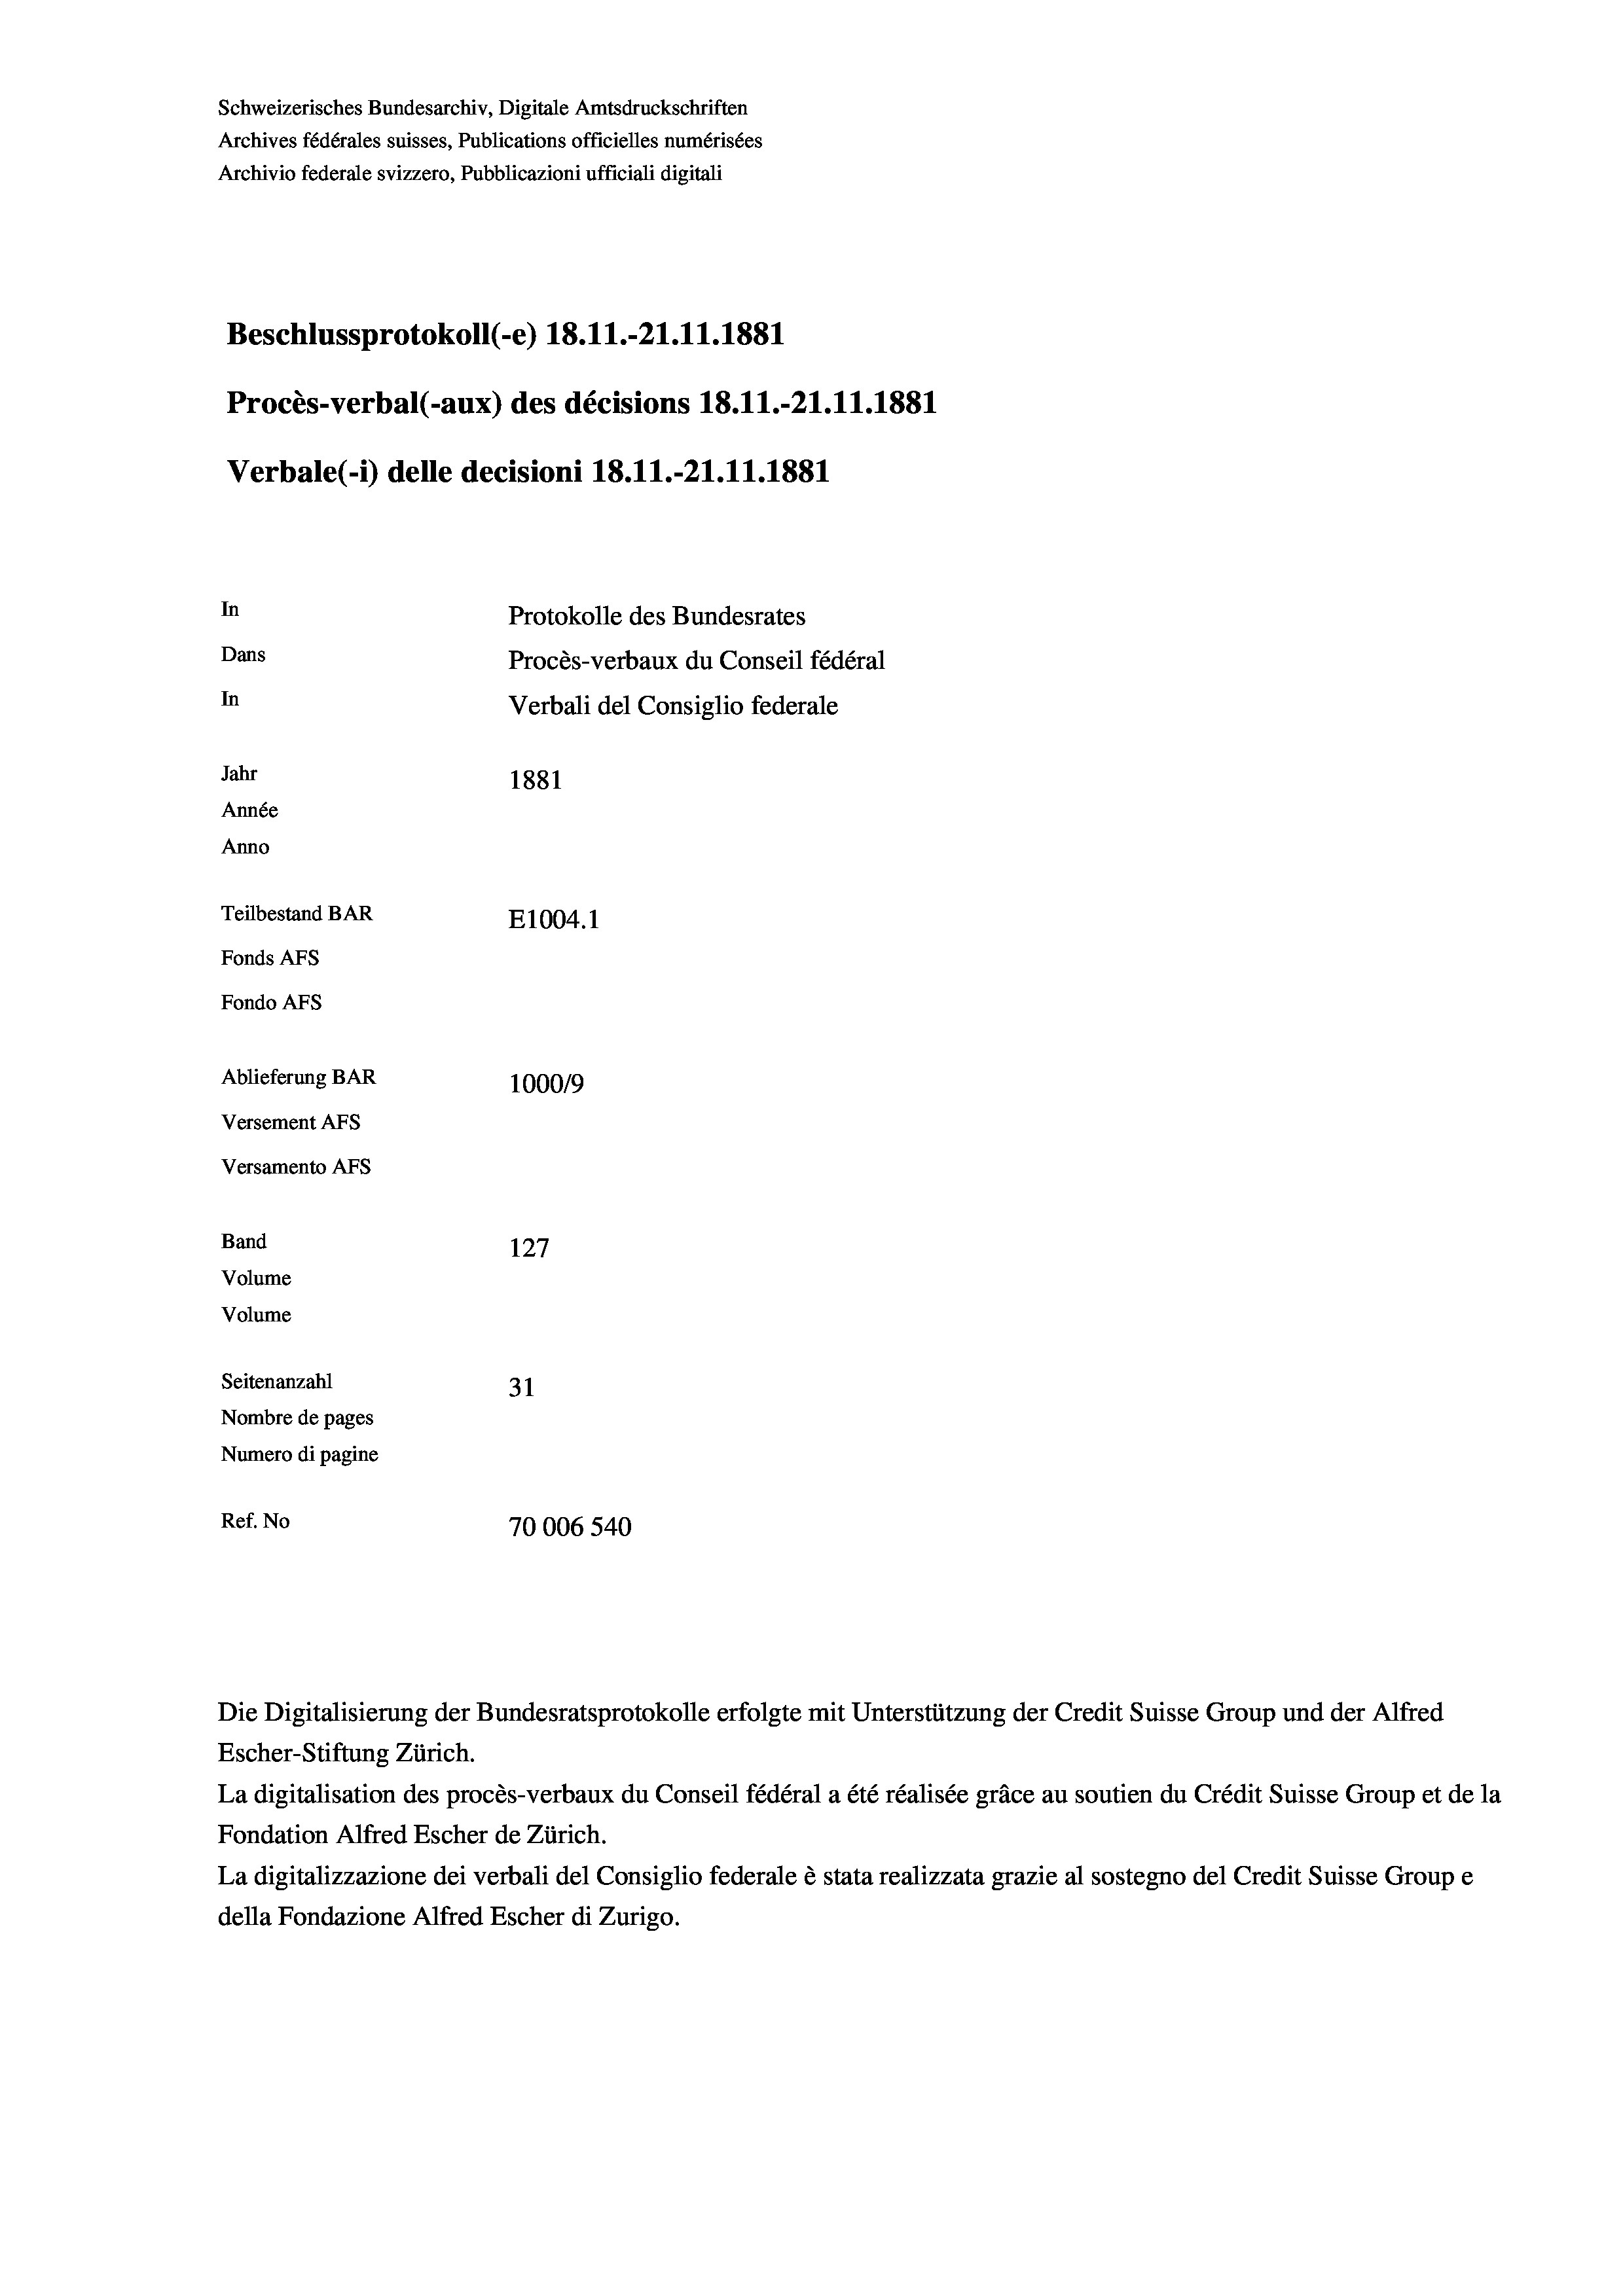
Schweizerisches Bundesarchiv, Digitale Amtsdruckschriften
Archives fédérales suisses, Publications officielles numérisées
Archivio federale svizzero, Pubblicazioni ufficiali digitali
Beschlussprotokoll (e) 18.11.-21.11.1881
Procès-verbal (-aux) des décisions 18.11.-21.11.1881
Verbale (- 1) delle decisioni 18.11.-21.11.1881
In
Protokolle des Bundesrates
Dans
Procès-verbaux du Conseil fédéral
In
Verbali del Consiglio federale
Jahr
1881
Année
Anno
Teilbestand BAR
E1004. 1
Fonds AFs
Fondo AFS
Ablieferung BAR
100019
Versement AFs
Versamento AFs
Band
127
Volume
Volume
Seitenanzahl
31
Nombre de pages
Numero di pagine
Ref. No
70006540

Die Digitalisierung der Bundesratsprotokolle erfolgte mit Unterstützung der Credit Suisse Group und der Alfred
Escher-Stiftung Zürich.
La digitalisation des procès-verbaux du Conseil fédéral a été réalisée gräce au soutien du Crédit Suisse Group et de la
Fondation Alfred Escher de Zürich.
La digitalizzazione dei verbali del Consiglio federale è stata realizzata grazie al sostegno del Credit Suisse Groupe
della Fondazione Alfred Escher di Zurigo.